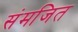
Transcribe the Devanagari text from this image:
संमजित